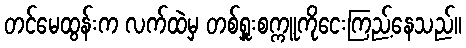
တင်မေထွန်းက လက်ထဲမှ တစ်ရှူးစက္ကူကိုငေးကြည့်နေသည်။